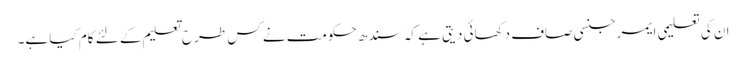
ان کی تعلیمی ایمرجنسی صاف دکھائی دیتی ہے کہ سندھ حکومت نے کس طرح تعلیم کے لئے کام کیا ہے۔